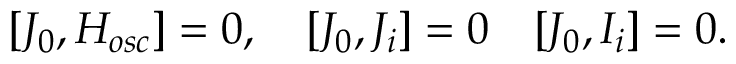
[ { \cal J } _ { 0 } , H _ { o s c } ] = 0 , \quad [ { \cal J } _ { 0 } , { \cal J } _ { i } ] = 0 \quad [ { \cal J } _ { 0 } , { \cal I } _ { i } ] = 0 .